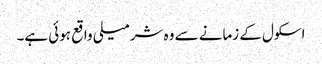
اسکول کے زمانے سے وہ شرمیلی واقع ہوئی ہے۔